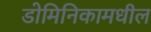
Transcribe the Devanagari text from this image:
डोमिनिकामधील